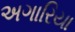
અગારિયા